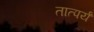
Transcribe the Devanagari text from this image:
तात्पर्यं